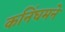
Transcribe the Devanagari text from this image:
कनिंघमने